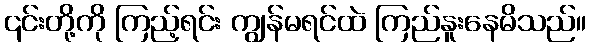
၎င်းတို့ကို ကြည့်ရင်း ကျွန်မရင်ထဲ ကြည်နူးနေမိသည်။